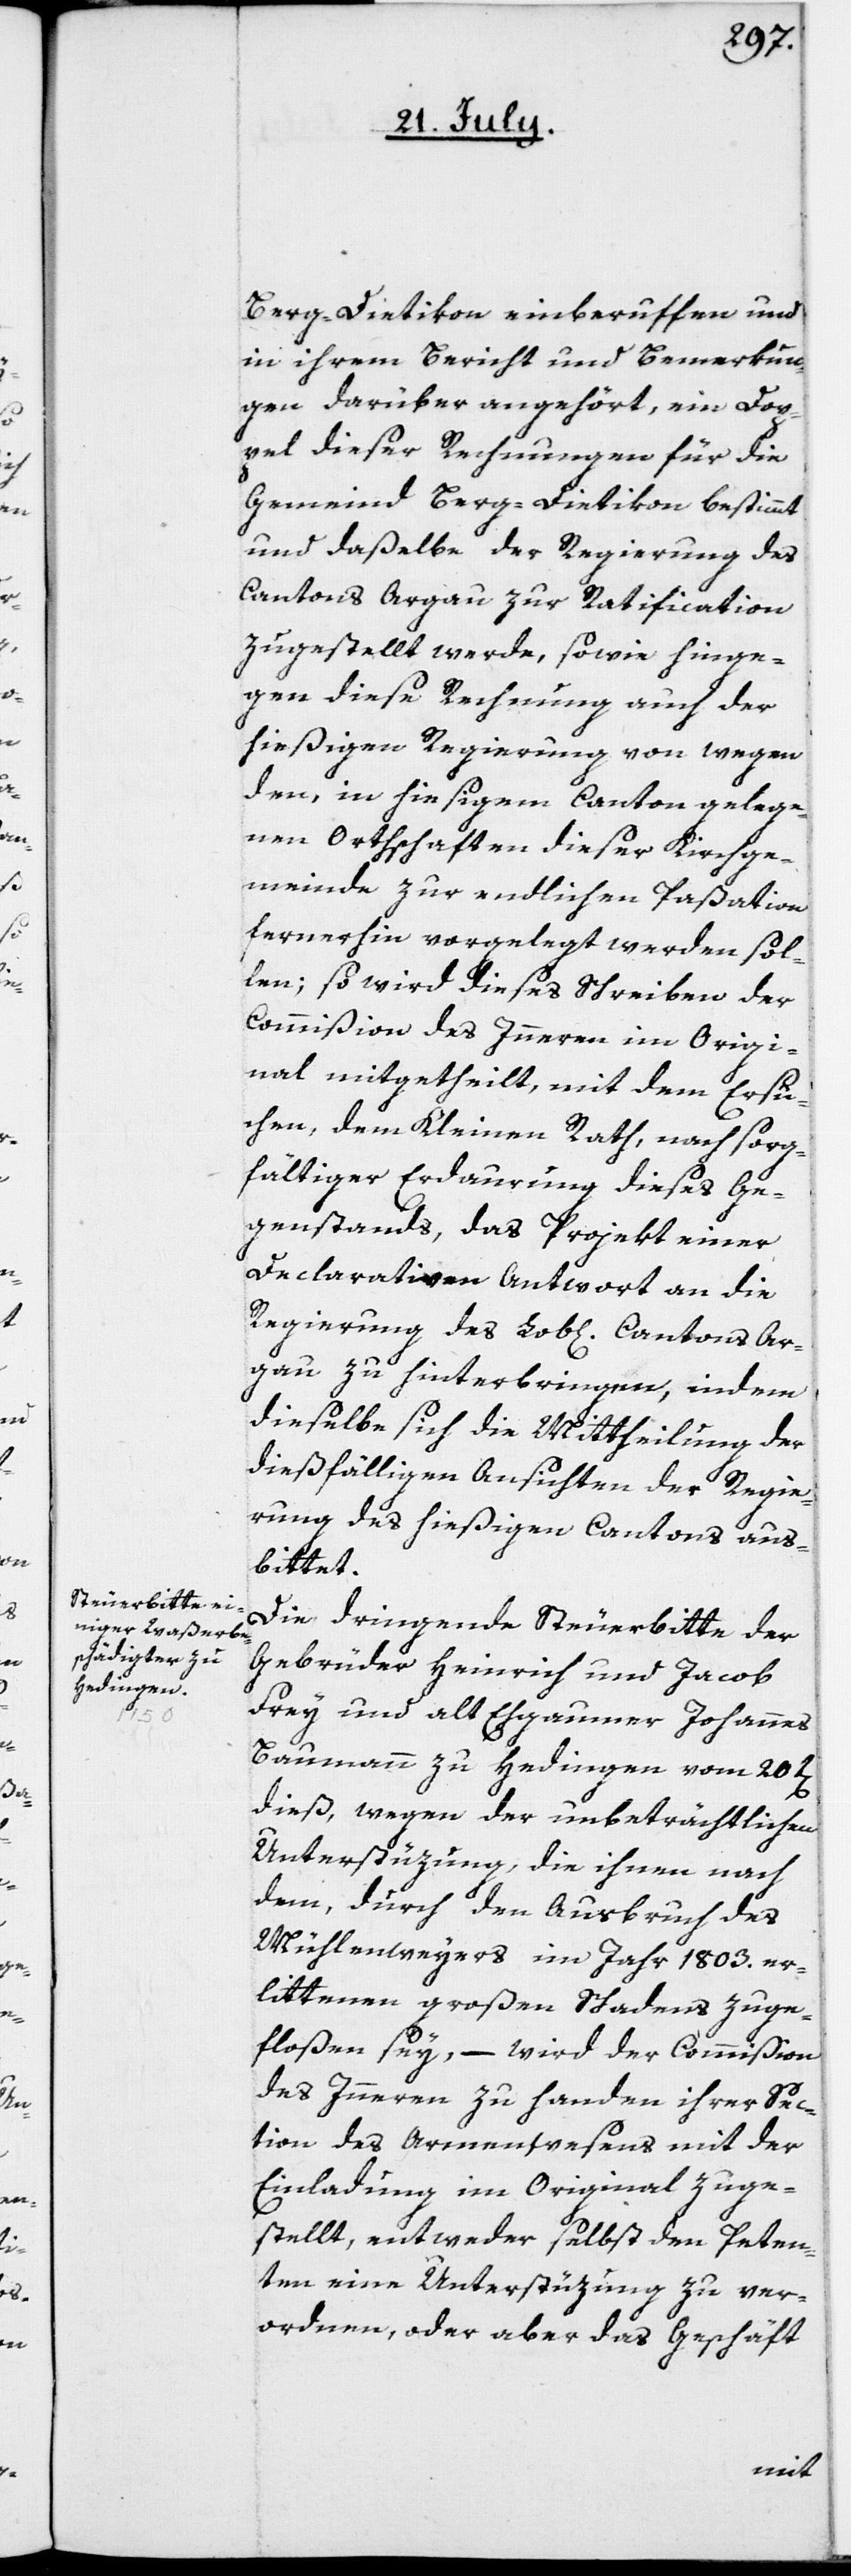
Berg-Dietikon einberuffen und
in ihrem Bericht und Bemerkun¬
gen darüber angehört, ein Dop¬
pel dieser Rechnungen für die
Gemeind Berg-Dietikon bestimmt
und daßelbe der Regierung des
Cantons Argau zur Ratification
zugestellt werde, sowie hinge¬
gen diese Rechnung auch der
hießigen Regierung von wegen
den, in hießigem Canton gelege¬
nen Ortschaften dieser Kirchge¬
meinde zur endlichen Paßation
fernerhin vorgelegt werden sol¬
len; so wird dieses Schreiben der
Commißion des Innern im Origi¬
nal mitgetheilt, mit dem Ersu¬
chen, dem Kleinen Rath, nach sorg¬
fältiger Erdaurung dieses Ge¬
genstands, das Projekt einer
declarativen Antwort an die
Regierung des Lob[lichen] Cantons Ar¬
gau zu hinterbringen, indem
dieselbe sich die Mittheilung der
dießfälligen Ansichten der Regie¬
rung des hießigen Cantons aus¬
bittet.
Die dringende Steuerbitte der
Gebrüder Heinrich und Jacob
Frey und alt Ehgaumer Johannes
Baumann zu Hedingen vom 20t[en]
dieß, wegen der unbeträchtlichen
Unterstüzung, die ihnen nach
dem, durch den Ausbruch des
Mühlenweyers im Jahr 1803. er¬
littenen großen Schadens zuge¬
floßen sey, – wird der Commißion
des Innern zu Handen ihrer Sec¬
tion des Armenwesens mit der
Einladung im Original zuge¬
stellt, entweder selbst den Peten¬
ten eine Unterstüzung zu ver¬
ordnen, oder aber das Geschäft